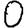
Digit: 0